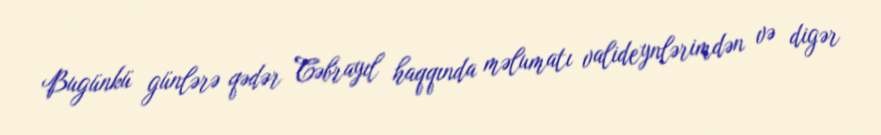
Bugünkü günlərə qədər Cəbrayıl haqqında məlumatı valideynlərimdən və digər